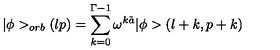
\vert \phi > _ { o r b } ( l p ) = \sum _ { k = 0 } ^ { \Gamma - 1 } \omega ^ { k \tilde { a } } \vert \phi > ( l + k , p + k )